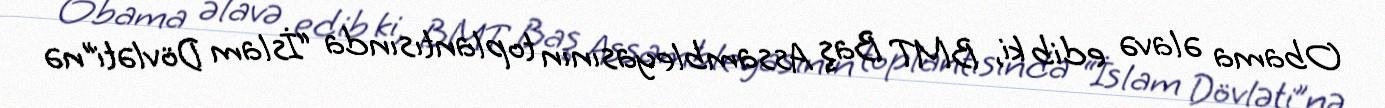
Obama əlavə edib ki, BMT Baş Assambleyasının toplantısında “İslam Dövləti”nə